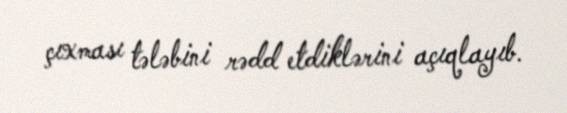
çıxması tələbini rədd etdiklərini açıqlayıb.